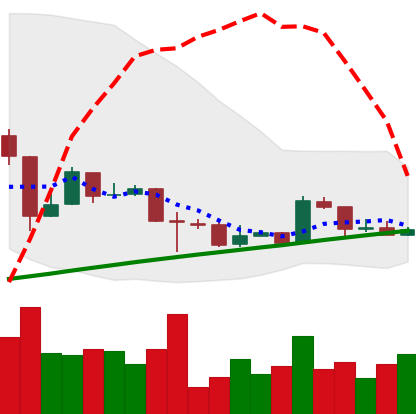
Ticker: BTC-USD
Chart end date: 2016-02-09
Forward return: 8.297%
Label: up_7plus